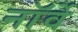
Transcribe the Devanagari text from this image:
नाॅर्वे